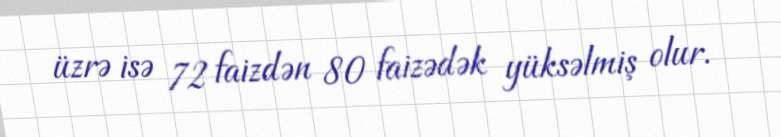
üzrə isə 72 faizdən 80 faizədək yüksəlmiş olur.